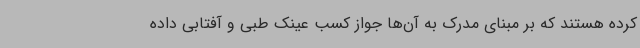
کرده هستند که بر مبنای مدرک به آن‌ها جواز کسب عینک طبی و آفتابی داده